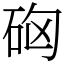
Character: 𥑪